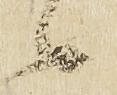
候